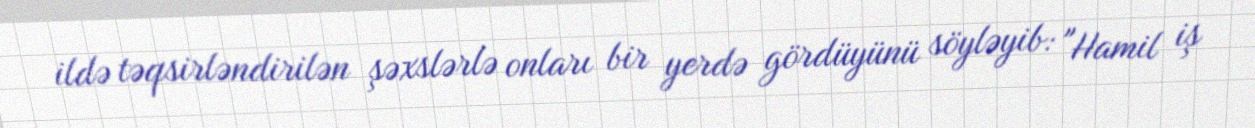
ildə təqsirləndirilən şəxslərlə onları bir yerdə gördüyünü söyləyib: "Hamil iş